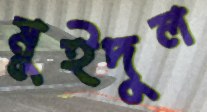
মুইদুল